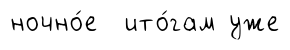
ночно́е ито́гам уже